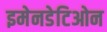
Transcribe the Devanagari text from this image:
इमेनडेटिओन